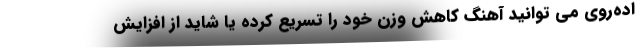
اده‌روی می توانید آهنگ کاهش وزن خود را تسریع کرده یا شاید از افزایش